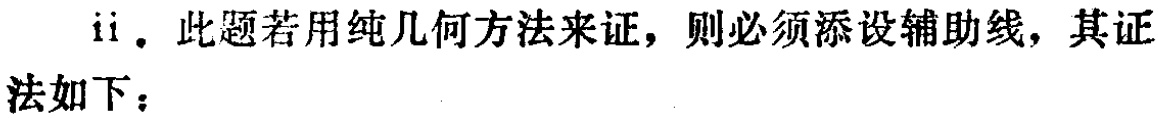
ii. 此题若用纯几何方法来证，则必须添设辅助线，其证法如下：